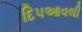
દિપઆવલી